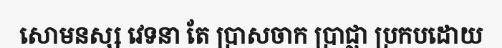
សោមនស្ស វេទនា តែ ប្រាសចាក ប្រាជ្ញា ប្រកបដោយ